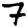
Digit: 7